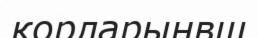
қорларынвщ